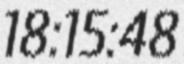
18:15:48